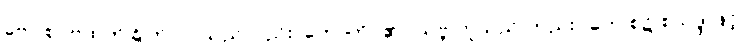
ဗော စ- ဗထက်ခြိုက်လာသည်လည်း၊ ဟောတိ- ၏။ သဗ္ဘိ ဟူသည် တည်း။ ဘေ စ၌ စသဒ္ဒါဖြင့်